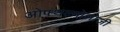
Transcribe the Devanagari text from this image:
ओफ्थल्मोलोजी